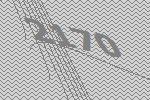
2170